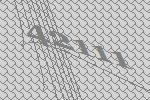
42111